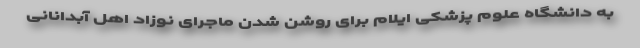
به دانشگاه علوم پزشکی ایلام برای روشن شدن ماجرای نوزاد اهل آبدانانی